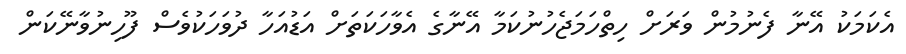
އެކަމަކު އޭނާ ފެނުމުން ވަރަށް ހިތްހަމަޖެހުނުކަމާ އޭނާގެ އެވާހަކަތަށް އަޑުއަހާ ދުވަހަކުވެސް ފޫހިނުވާނޭކަން